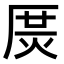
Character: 𤈲